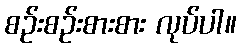
စဉ်းစဉ်းစားစား လုပ်ပါ။